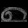
Digit: ၈